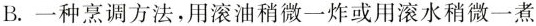
B.一种烹调方法，用滚油稍微一炸或用滚水稍微一煮